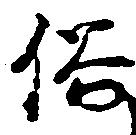
俗